Vabadussoja_Ajaloo_Komitee, lk 32
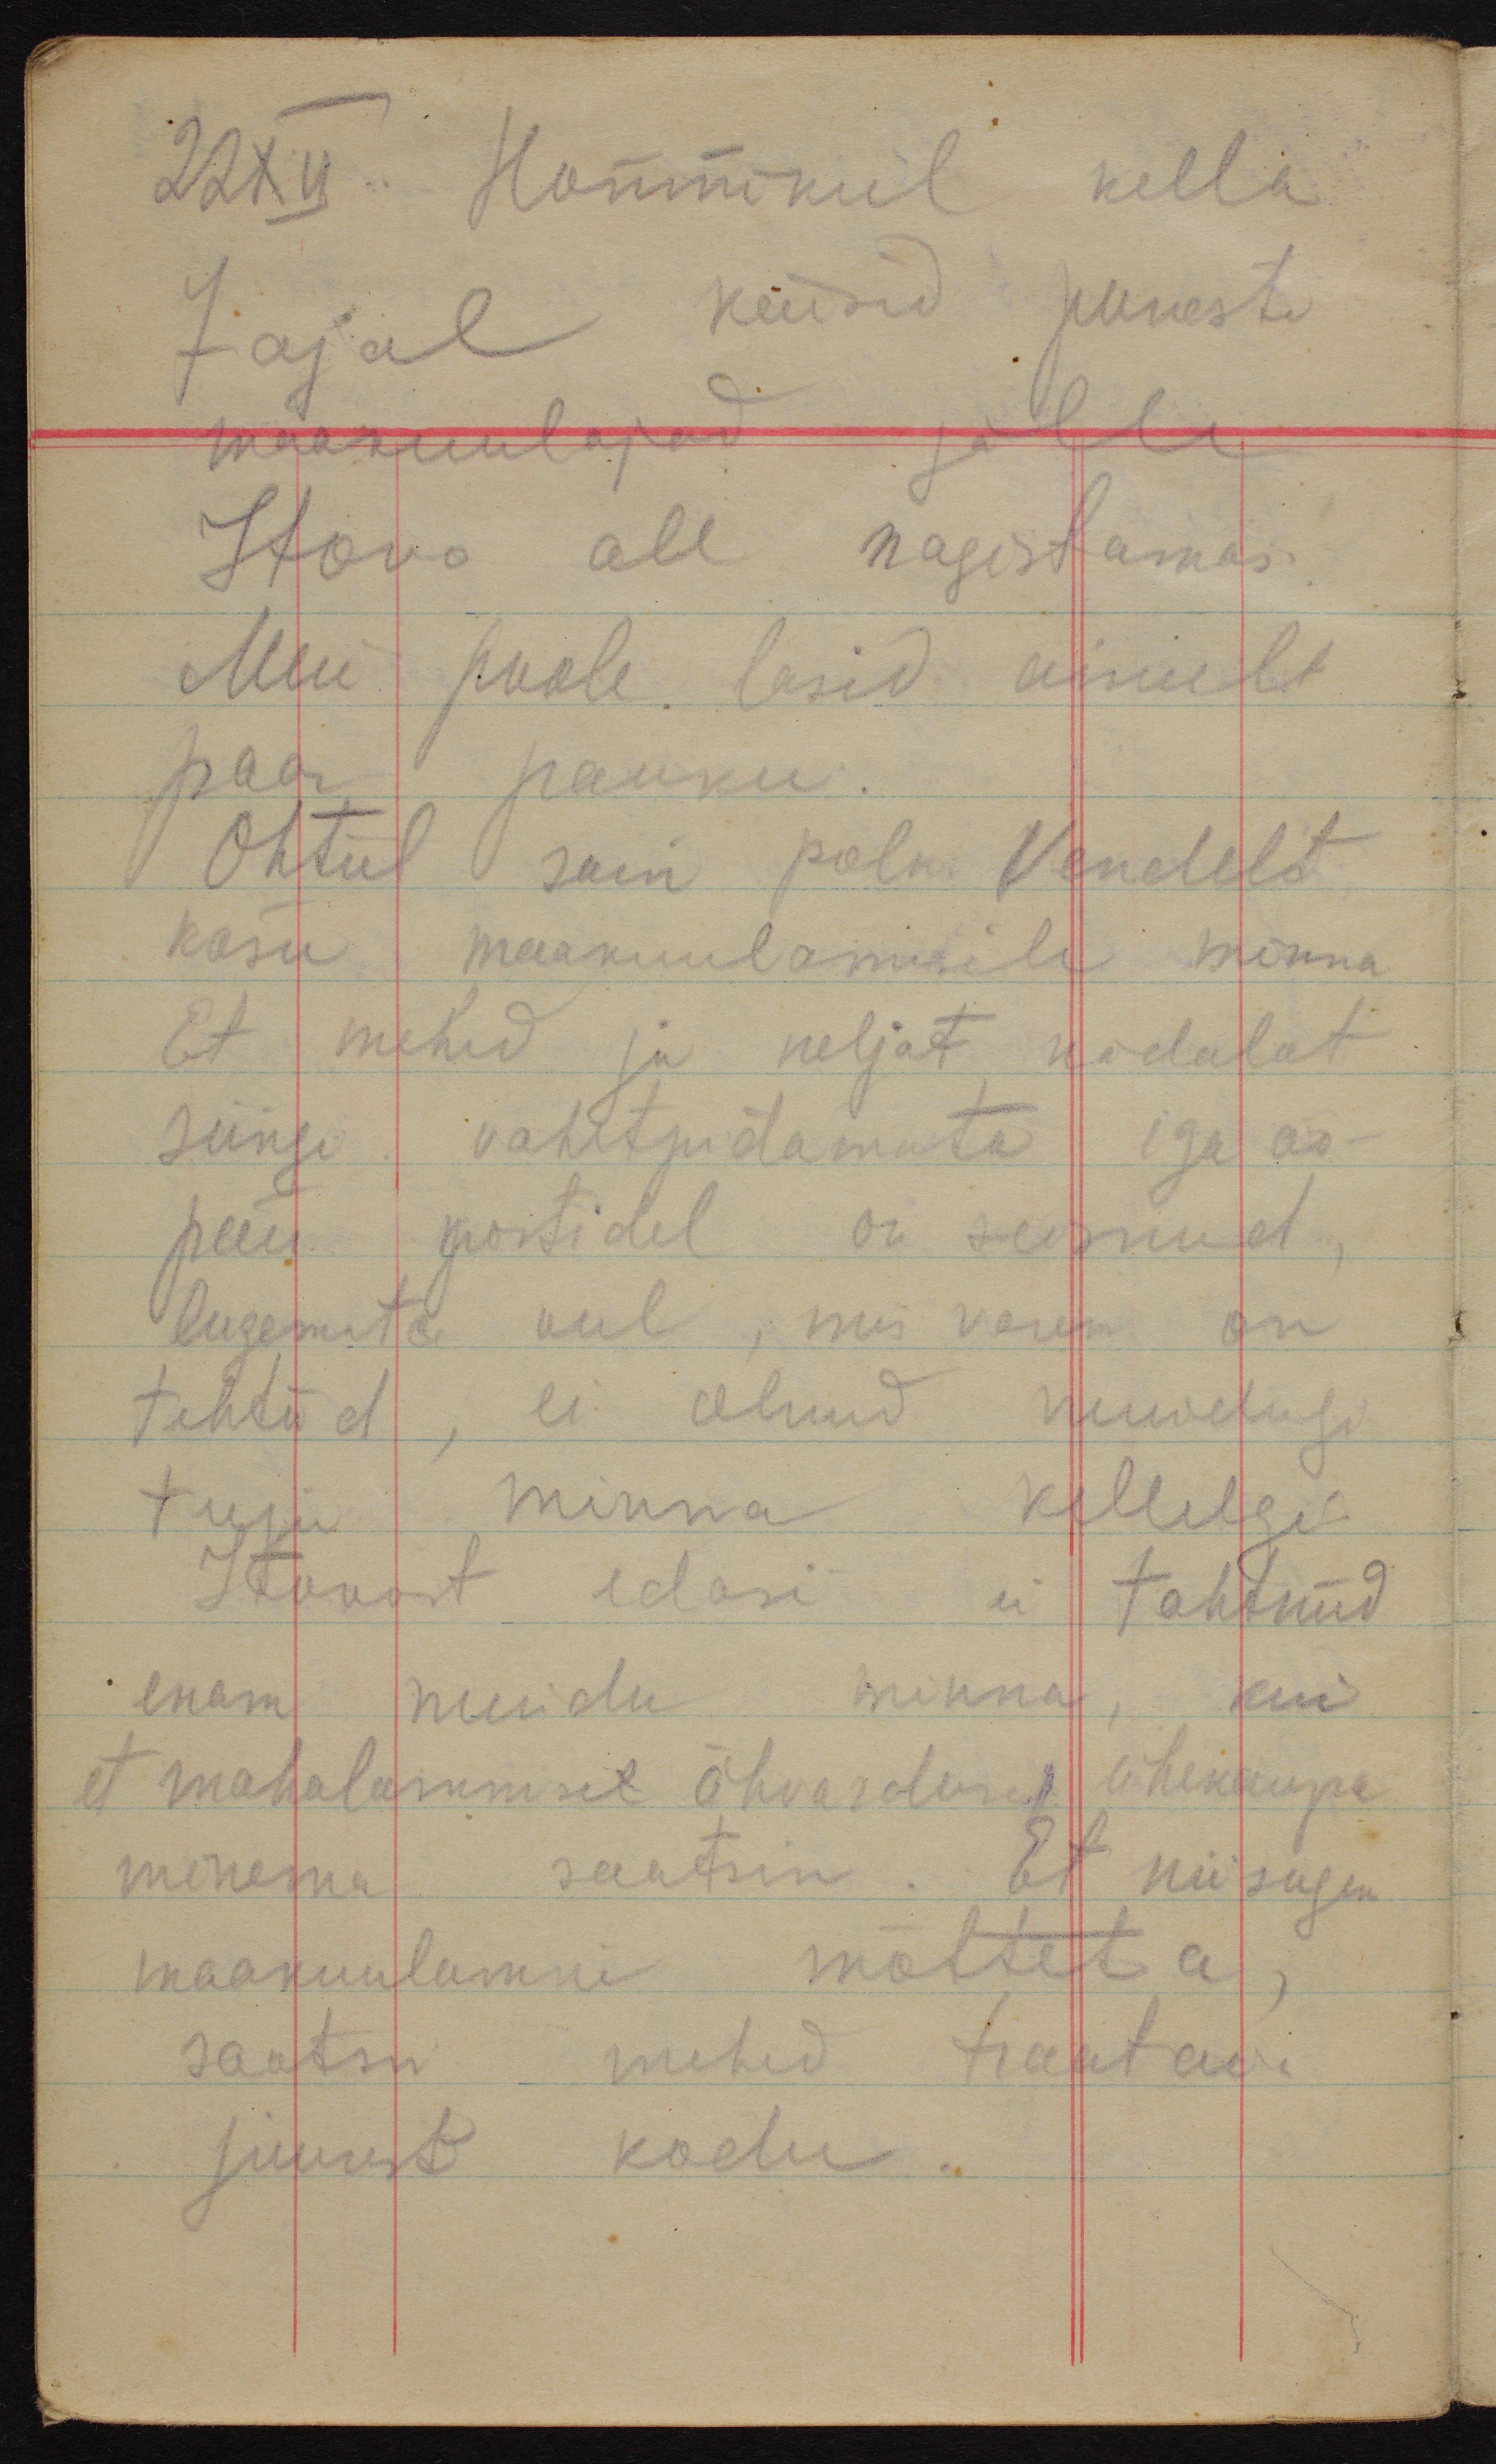
22 XII. Hommikul kella
7 ajal käisid puneste
maakuulajad jälle
Itovo all nagistamas.
Meie poole lasid ainult
paar pauku.
Õhtul sain polk. Vendelt
käsu maakuulamisele minna
Et mehed ju neljat nädalat
siingi vahetpidamata iga öö-
päev postidel on seisnud,
lugemata veel, mis varem on
tehtud, ei olnud muidugi
tuju minna kellelgi.
Itovost edasi ei tahtnud
enam muidu minna, kui
et mahalaskmisel ähvardusel ühekaupa
minema saatsin. Et niisugune
maakuulamine mõtteta,
saatsin mehed traataia
juurest kodu.